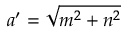
a ^ { \prime } = { \sqrt { m ^ { 2 } + n ^ { 2 } } }